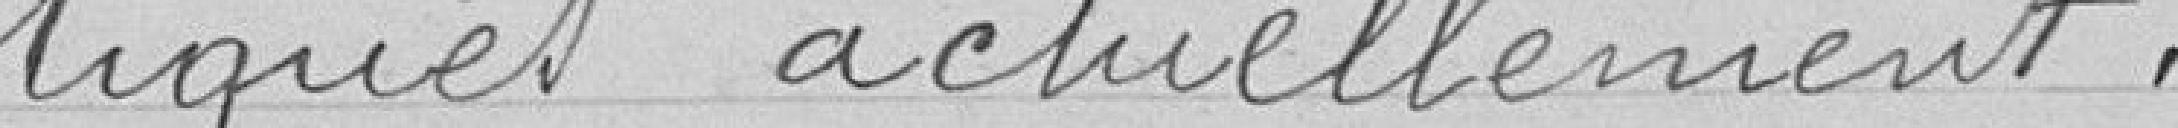
tiqués actuellement.